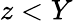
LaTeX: z<Y